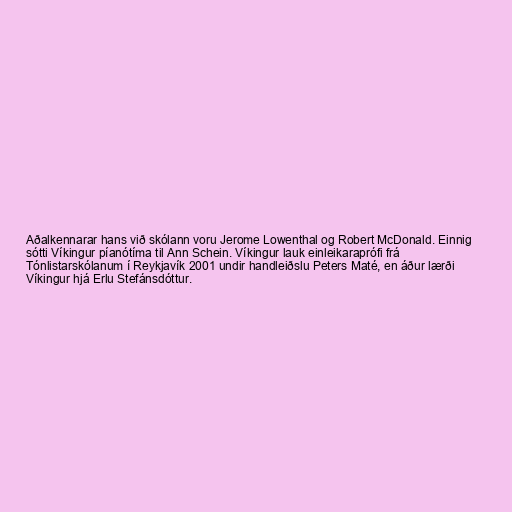
Aðalkennarar hans við skólann voru Jerome Lowenthal og Robert McDonald. Einnig
sótti Víkingur píanótíma til Ann Schein. Víkingur lauk einleikaraprófi frá
Tónlistarskólanum í Reykjavík 2001 undir handleiðslu Peters Maté, en áður lærði
Víkingur hjá Erlu Stefánsdóttur.